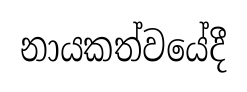
නායකත්වයේදී